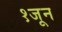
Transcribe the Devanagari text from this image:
१जून